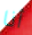
أنا